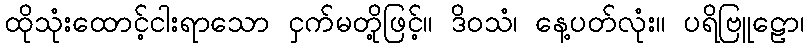
ထိုသုံးထောင့်ငါးရာသော ငှက်မတို့ဖြင့်။ ဒိဝသံ၊ နေ့ပတ်လုံး။ ပရိဗြူဠော၊